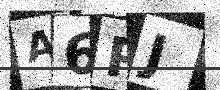
Text: A6RJ